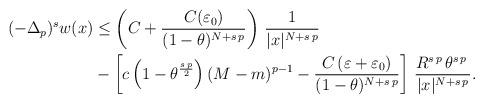
LaTeX: \begin{align*}(-\Delta_p)^s w(x)&\leq \left(C+\frac{C(\varepsilon_0)}{(1-\theta)^{N+s\,p}}\right)\,\frac{1}{|x|^{N+s\,p}}\\&-\left[c\,\Big(1-\theta^\frac{s\,p}{2}\Big)\,(M-m)^{p-1}-\frac{C\,(\varepsilon+\varepsilon_0)}{(1-\theta)^{N+s\,p}}\right]\,\frac{R^{s\,p}\,\theta^{s\,p}\,}{|x|^{N+s\,p}}.\end{align*}